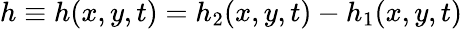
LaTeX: h\equiv h(x,y,t)=h_{2}(x,y,t)-h_{1}(x,y,t)